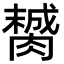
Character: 膥